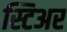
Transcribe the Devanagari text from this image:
स्टिअर